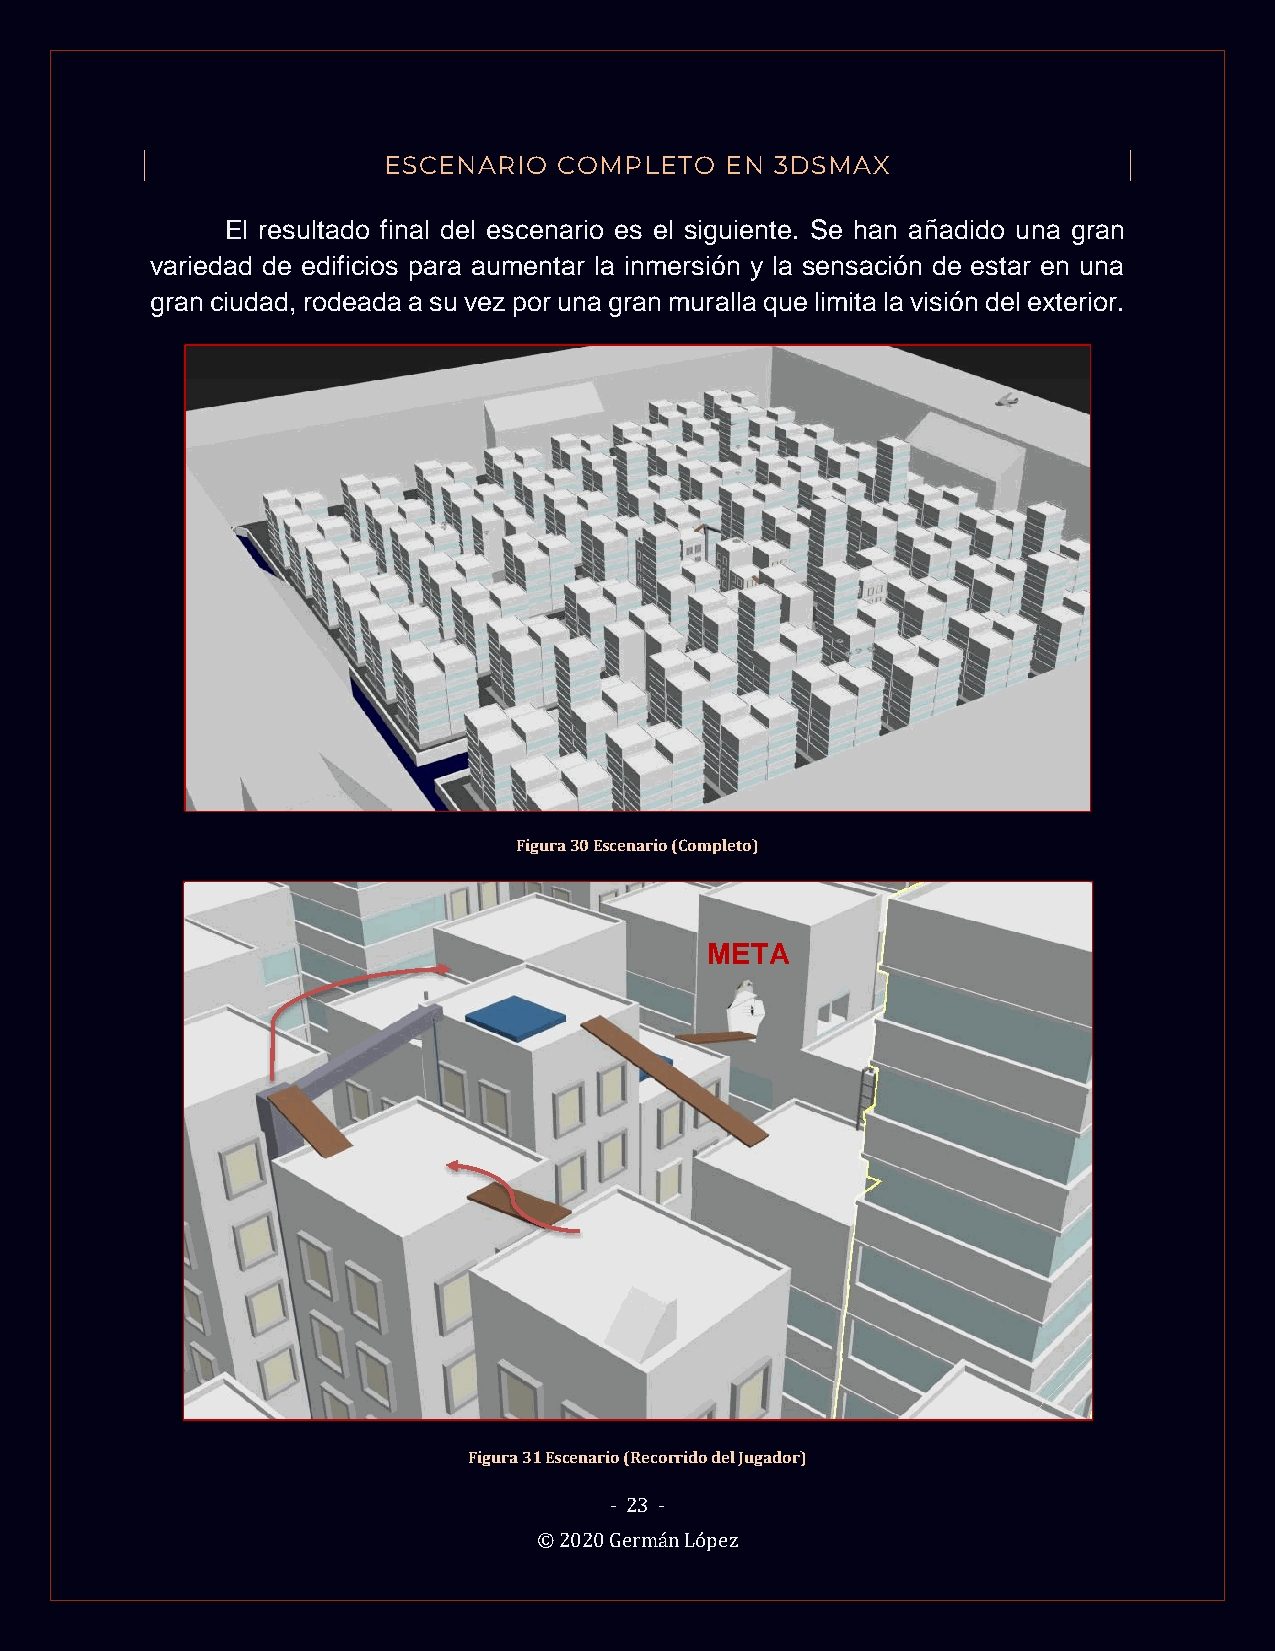
ESCENARIO   COMPLETO   EN 3DSMAX
 El resultado final del escenario es el siguiente. Se han añadido una gran
 variedad de edificios para aumentar la inmersión y la sensación de estar en una
 gran ciudad, rodeada a su vez por una gran muralla que limita la visión del exterior.
 Figura 30 Escenario (Completo)
 META
 Figura 31 Escenario (Recorrido del Jugador)
 - 23 -
 © 2020 Germán López